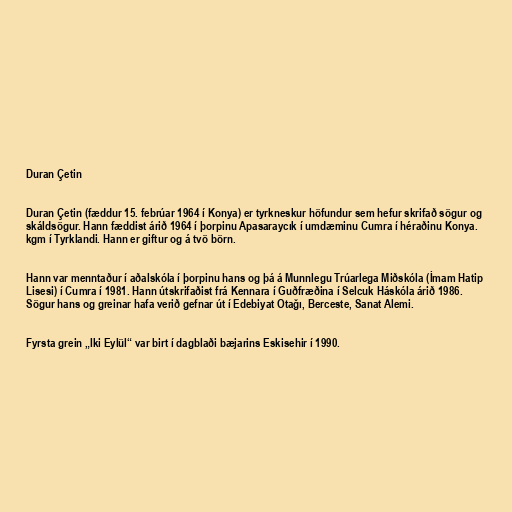
Duran Çetin

Duran Çetin (fæddur 15. febrúar 1964 í Konya) er tyrkneskur höfundur sem hefur skrifað sögur og
skáldsögur. Hann fæddist árið 1964 í þorpinu Apasaraycık í umdæminu Cumra í héraðinu Konya.
kgm í Tyrklandi. Hann er giftur og á tvö börn.

Hann var menntaður í aðalskóla í þorpinu hans og þá á Munnlegu Trúarlega Miðskóla (İmam Hatip
Lisesi) í Cumra í 1981. Hann útskrifaðist frá Kennara í Guðfræðina í Selcuk Háskóla árið 1986.
Sögur hans og greinar hafa verið gefnar út í Edebiyat Otağı, Berceste, Sanat Alemi.

Fyrsta grein „Iki Eylül“ var birt í dagblaði bæjarins Eskisehir í 1990.